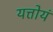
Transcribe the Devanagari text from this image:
यत्तोयं